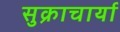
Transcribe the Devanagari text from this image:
सुक्राचार्या